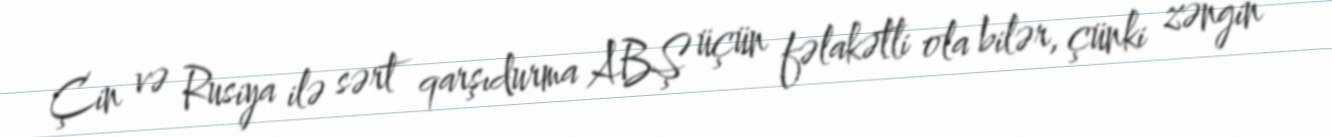
Çin və Rusiya ilə sərt qarşıdurma ABŞ üçün fəlakətli ola bilər, çünki zəngin